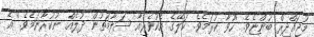
މުޖައްޛިރް ބުންޏެވެ. ''ހުވާ ކުރަމެވެ. ކަލޭގެ އެކުވެރިއާ ސަލާމަތުން ދުލެއް ނުކުރާނަމެވެ.'' އެ